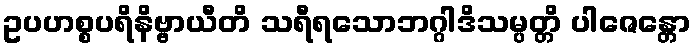
ဥပဟစ္စပရိနိဗ္ဗာယီတိ သရီရသောဘဂ္ဂါဒိသမ္ပတ္တိ ပါဇေန္တော